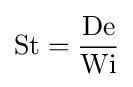
{\text{St}}={\dfrac {\text{De}}{\text{Wi}}}